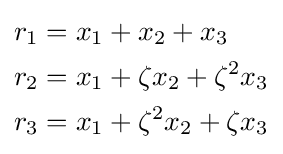
{\begin{aligned}r_{1}&=x_{1}+x_{2}+x_{3}\\r_{2}&=x_{1}+\zeta x_{2}+\zeta ^{2}x_{3}\\r_{3}&=x_{1}+\zeta ^{2}x_{2}+\zeta x_{3}\end{aligned}}